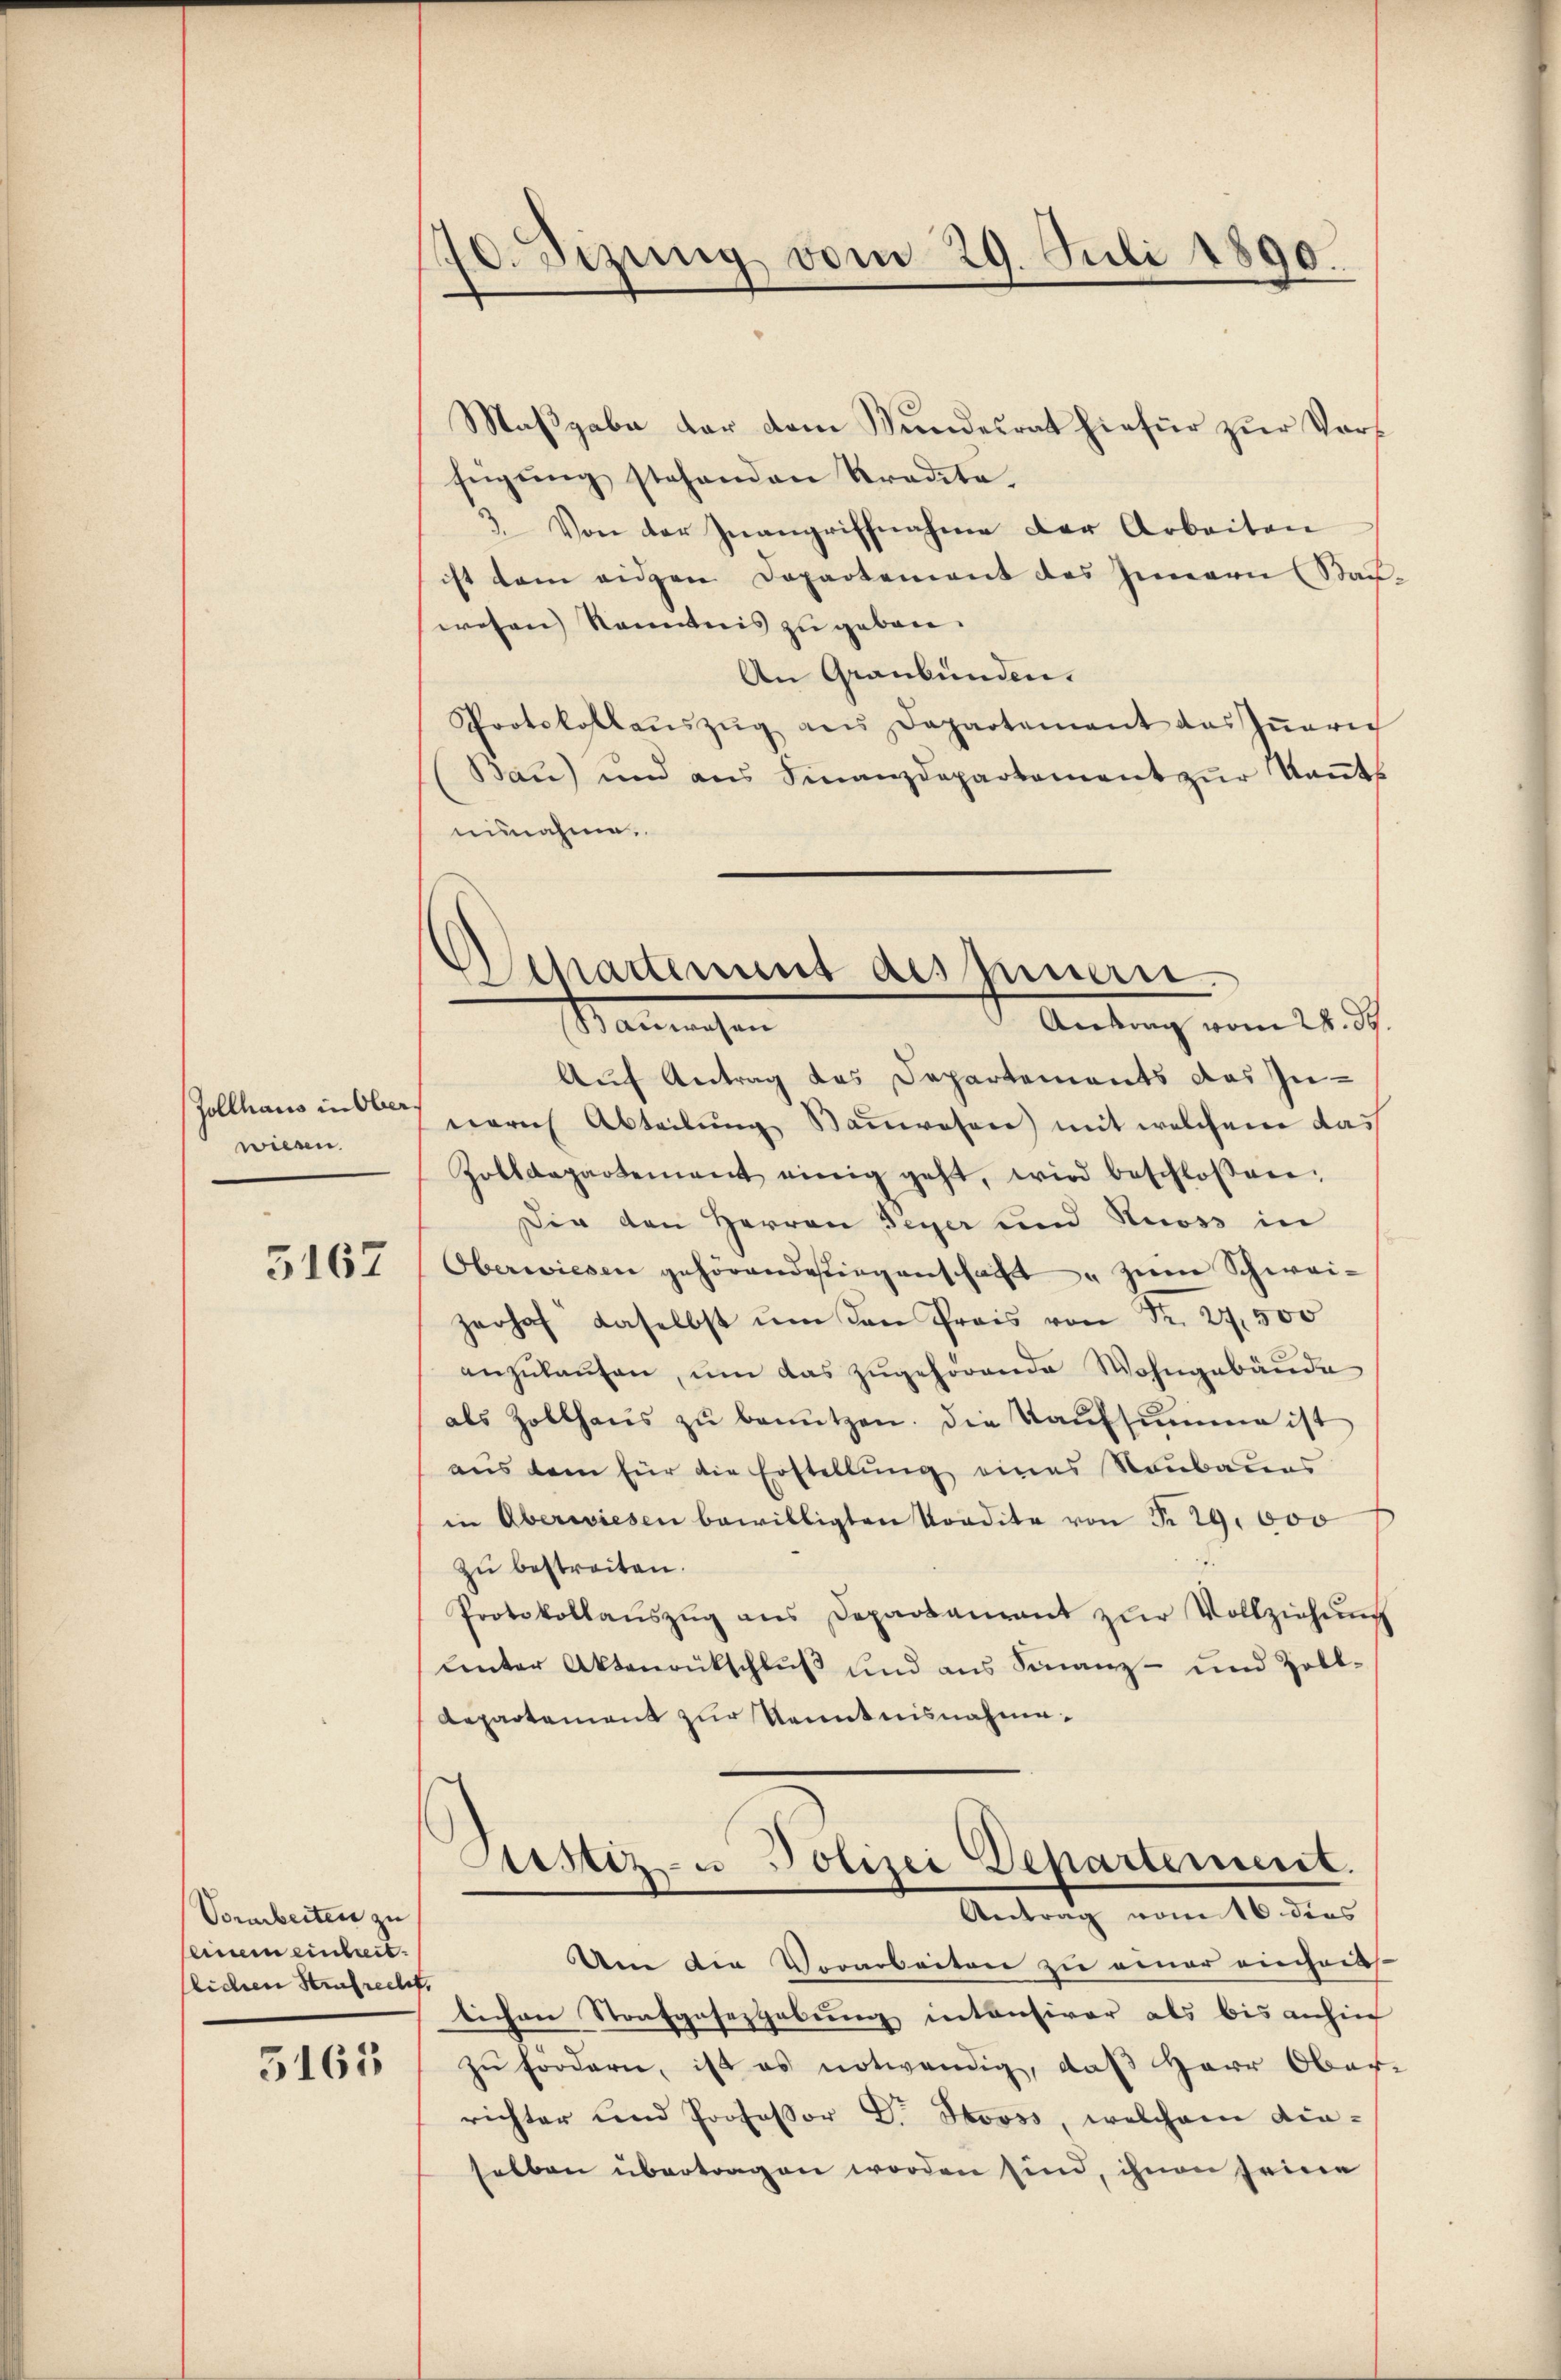
Zollhaus in Ober
wiesen.

5167

Vorarbeiten zu |
einem einheit.
flichen Strafrecht,

5165

70. Sizung vom 29. Juli 1890.

Schattenant des Innern.
d Antrag vom 24. d.
Mansahen

Maβgabe der dem Wundesrat hiefür zŭr Vorfügung stehenden Tradita.
3. Von der Inangriffnahme der Arbeiten
ist dem eidgen Dopartement des Innern (Stad
wesen Kenntnis zu geben.
An Graubünden.
Pootskostaŭszŭg ans Departement das Iṅerich
Bau) und aŭs Finanzdepartement zŭr Kant
uisnahme.
Auf Antrag des Departements das Zu-
noris Abteilŭng Baŭwesen mit welchem das
Zolldepartement einig geht, wird beschlossen:
Die den Herren Teger und Huoss in
Oberwiesen gehörendestiegenschaft " zum Schwei-
zerhof daselbst ŭm den Preis von Fr. 27,500
anzŭkaŭfen, ŭm das zŭgehörende Wohngebäŭde
als Zollhaŭs zŭ benützen. Die Kaufsumme ist
aus dem für die Erstellung eines Raubaues
in Aberwiesen bewilligten Vordite von Fr. 29,000
zu bestreiten.
Protokollaŭszŭg ans Departaneant zŭr Vollziehŭng
ŭnter Aktenrückschlŭβ und aus Finanz- und Zoll-
Repartement zur Kenntnisnahme.

Justiz- u Polizei Departement.
Antrag vom 16. dies

Um die Vorarbeiten zu einer einhaus-
lichen Strafgesetzgebung intensiver als bis anhin
zŭ fördern, ist es notwendig, daß Herr Ober-
richter und Professor D. Stooss, welchem die-
selben übertragen worden sind, ihnen seine